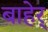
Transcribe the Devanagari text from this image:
बाहेर्